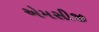
એમસીજી